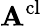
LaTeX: \mathbf{A}^{\mathrm{{cl}}}